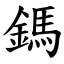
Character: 鎷